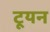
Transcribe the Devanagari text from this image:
टूयन